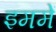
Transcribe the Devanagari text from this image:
इममें